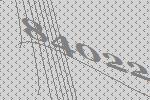
84022